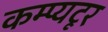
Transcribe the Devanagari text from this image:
कम्प्यटूर